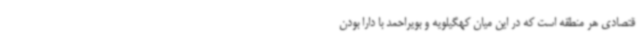
قتصادی هر منطقه است که در این میان کهگیلویه و بویراحمد با دارا بودن